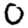
Digit: 0